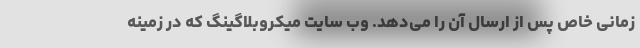
زمانی خاص پس از ارسال آن را می‌دهد. وب سایت میکروبلاگینگ که در زمینه